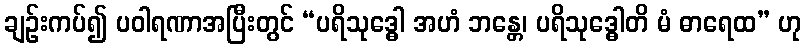
ချဉ်းကပ်၍ ပဝါရဏာအပြီးတွင် “ပရိသုဒ္ဓေါ အဟံ ဘန္တေ၊ ပရိသုဒ္ဓေါတိ မံ ဓာရေထ” ဟု